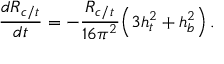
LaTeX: { \frac { d R _ { c / t } } { d t } } = - { \frac { R _ { c / t } } { 1 6 \pi ^ { 2 } } } \Big ( 3 h _ { t } ^ { 2 } + h _ { b } ^ { 2 } \Big ) \, .